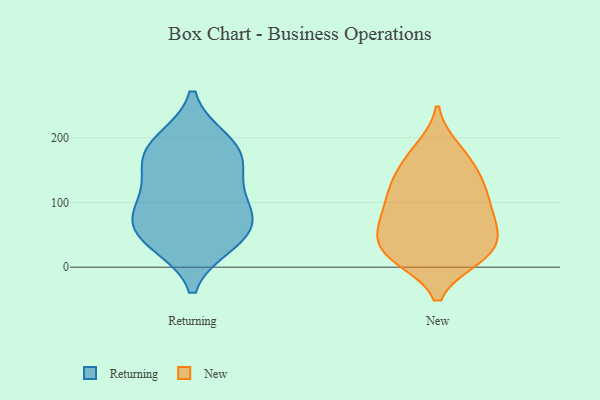
{"axis": {"x": "Page Views", "y": "Value"}, "legend": ["New", "Returning"], "data": [{"x": "", "y": 158, "type": "Returning"}, {"x": "", "y": 76, "type": "Returning"}, {"x": "", "y": 96, "type": "Returning"}, {"x": "", "y": 185, "type": "Returning"}, {"x": "", "y": 51, "type": "Returning"}, {"x": "", "y": 164, "type": "Returning"}, {"x": "", "y": 106, "type": "Returning"}, {"x": "", "y": 51, "type": "Returning"}, {"x": "", "y": 193, "type": "Returning"}, {"x": "", "y": 39, "type": "Returning"}, {"x": "", "y": 15, "type": "New"}, {"x": "", "y": 104, "type": "New"}, {"x": "", "y": 74, "type": "New"}, {"x": "", "y": 36, "type": "New"}, {"x": "", "y": 22, "type": "New"}, {"x": "", "y": 183, "type": "New"}, {"x": "", "y": 15, "type": "New"}, {"x": "", "y": 117, "type": "New"}, {"x": "", "y": 22, "type": "New"}, {"x": "", "y": 129, "type": "New"}, {"x": "", "y": 150, "type": "New"}, {"x": "", "y": 60, "type": "New"}, {"x": "", "y": 75, "type": "New"}, {"x": "", "y": 180, "type": "New"}, {"x": "", "y": 153, "type": "New"}, {"x": "", "y": 54, "type": "New"}, {"x": "", "y": 95, "type": "New"}, {"x": "", "y": 60, "type": "New"}, {"x": "", "y": 123, "type": "New"}, {"x": "", "y": 14, "type": "New"}]}